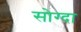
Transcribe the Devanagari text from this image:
सोग्दा